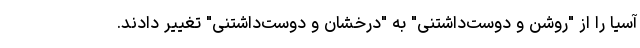
آسیا را از "روشن و دوست‌داشتنی" به "درخشان و دوست‌داشتنی" تغییر دادند.